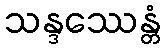
သန္ဒဿေန္တံ